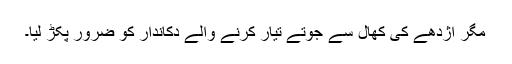
مگر اژدھے کی کھال سے جوتے تیار کرنے والے دکاندار کو ضرور پکڑ لیا۔